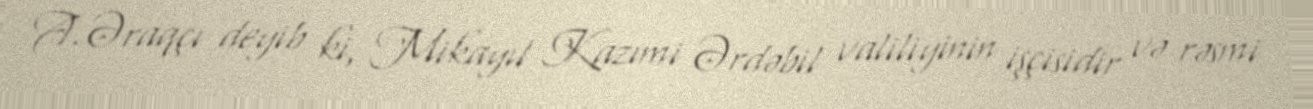
A.Əraqçı deyib ki, Mikayıl Kazımi Ərdəbil valiliyinin işçisidir və rəsmi